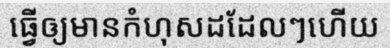
ធ្វើឲ្យមានកំហុសដដែលៗហើយ